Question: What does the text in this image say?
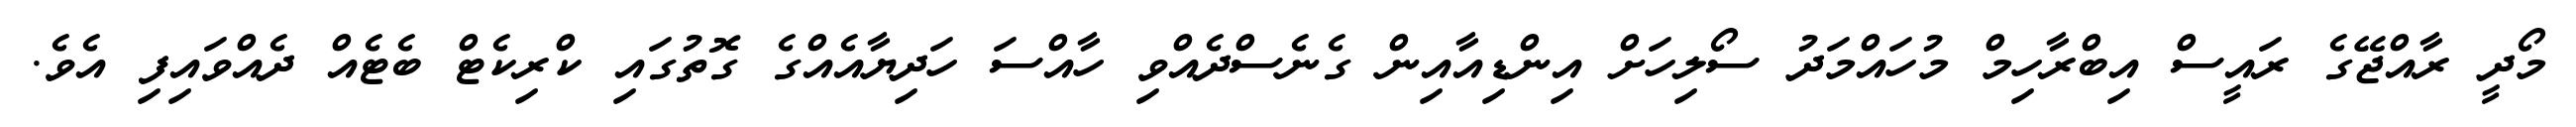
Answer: މޯދީ ރާއްޖޭގެ ރައީސް އިބްރާހިމް މުހައްމަދު ސޯލިހަށް އިންޑިއާއިން ގެނެސްދެއްވި ހާއްސަ ހަދިޔާއެއްގެ ގޮތުގައި ކްރިކެޓް ބެޓެއް ދެއްވައިފި އެވެ.